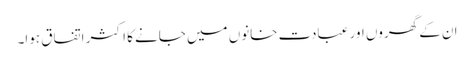
ان کے گھروں اور عبادت خانوں میں جانے کا اکثر اتفاق ہوا۔